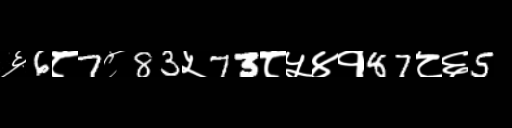
Text: ६6८7८83५73८५४१87८६5